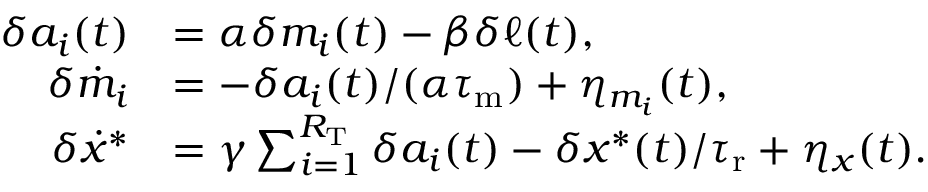
\begin{array} { r l } { \delta a _ { i } ( t ) } & { = \alpha \delta m _ { i } ( t ) - \beta \delta \ell ( t ) , } \\ { \delta \dot { m } _ { i } } & { = - \delta a _ { i } ( t ) / ( \alpha { \tau _ { \mathrm { m } } } ) + \eta _ { m _ { i } } ( t ) , } \\ { \delta \dot { x } ^ { \ast } } & { = \gamma \sum _ { i = 1 } ^ { R _ { \mathrm { T } } } \delta a _ { i } ( t ) - \delta x ^ { \ast } ( t ) / { \tau _ { \mathrm { r } } } + \eta _ { x } ( t ) . } \end{array}